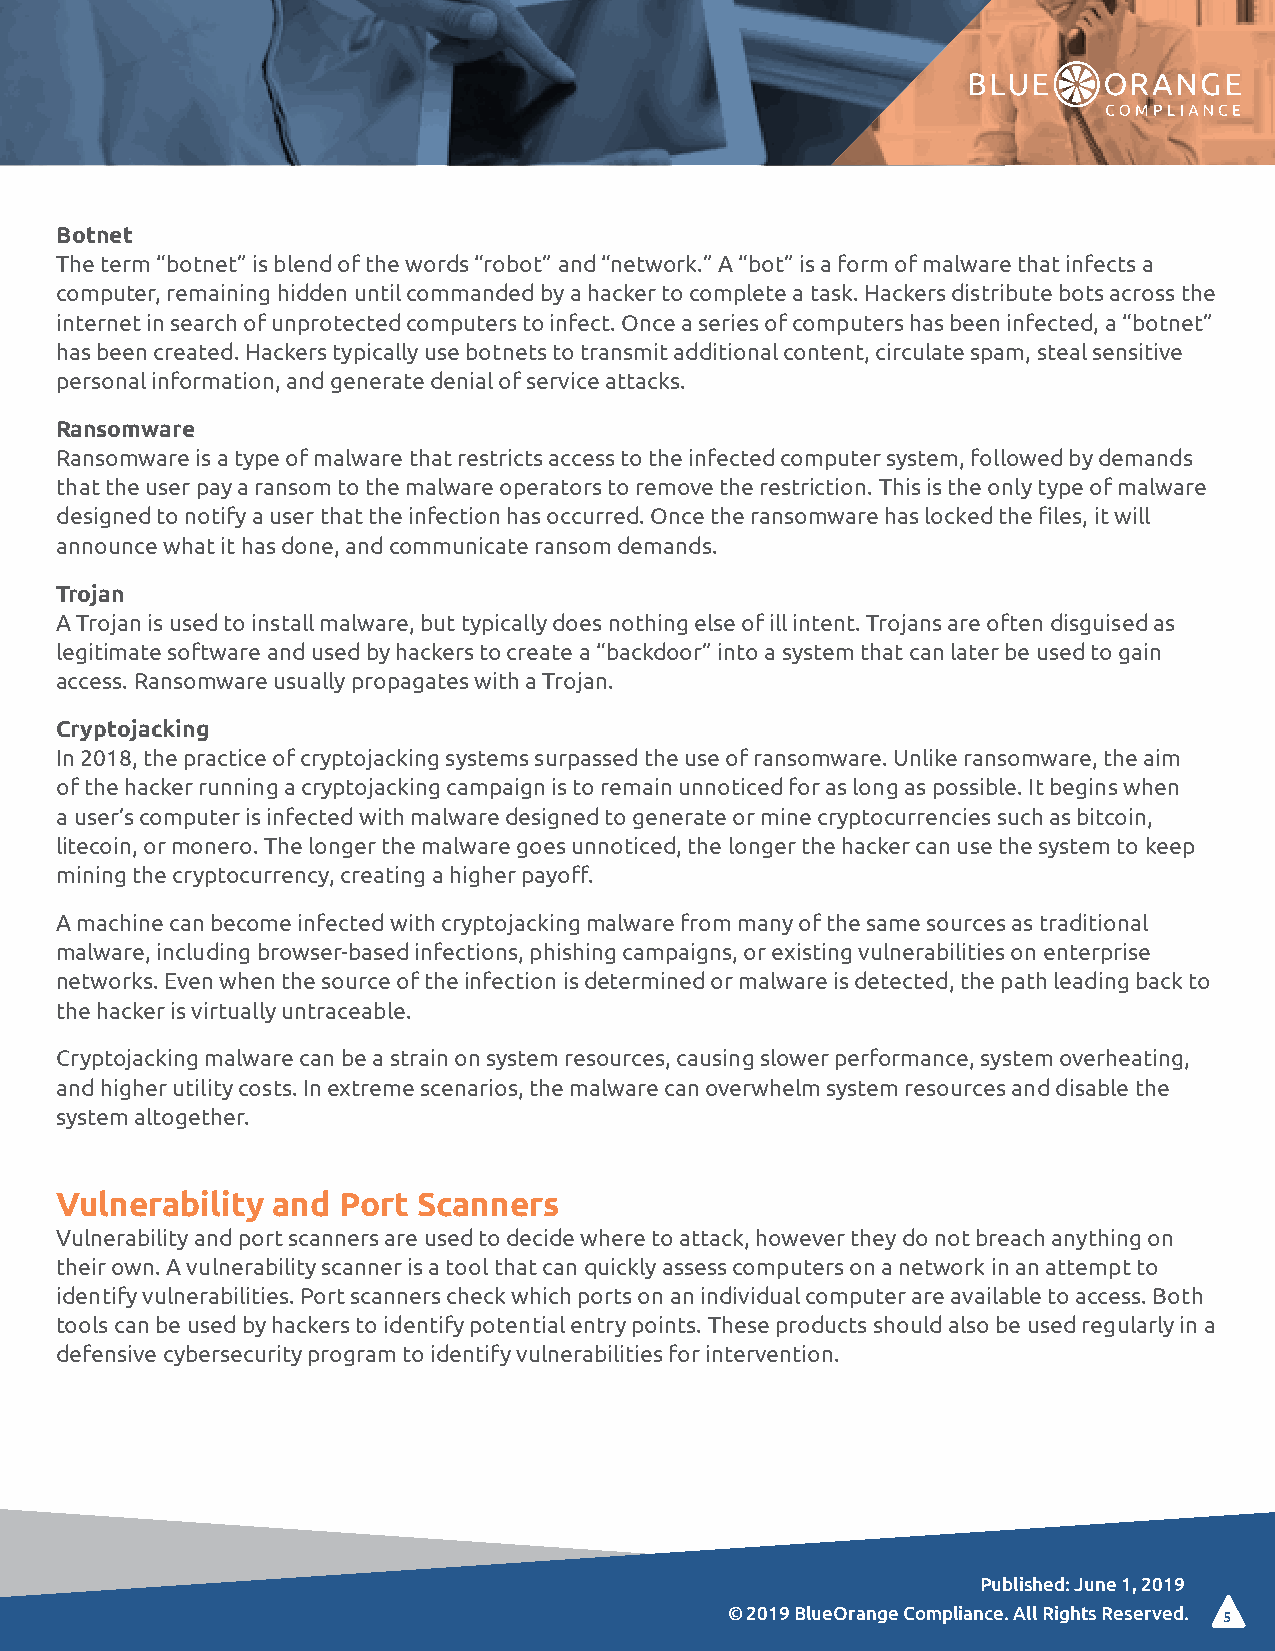
Botnet
 The term “botnet” is blend of the words “robot” and “network.” A “bot” is a form of malware that infects a
 computer, remaining hidden until commanded by a hacker to complete a task. Hackers distribute bots across the
 internet in search of unprotected computers to infect. Once a series of computers has been infected, a “botnet”
 has been created. Hackers typically use botnets to transmit additional content, circulate spam, steal sensitive
 personal information, and generate denial of service attacks.
 Ransomware
 Ransomware is a type of malware that restricts access to the infected computer system, followed by demands
 that the user pay a ransom to the malware operators to remove the restriction. This is the only type of malware
 designed to notify a user that the infection has occurred. Once the ransomware has locked the files, it will
 announce what it has done, and communicate ransom demands.
 Trojan
 A Trojan is used to install malware, but typically does nothing else of ill intent. Trojans are often disguised as
 legitimate software and used by hackers to create a “backdoor” into a system that can later be used to gain
 access. Ransomware usually propagates with a Trojan.
 Cryptojacking
 In 2018, the practice of cryptojacking systems surpassed the use of ransomware. Unlike ransomware, the aim
 of the hacker running a cryptojacking campaign is to remain unnoticed for as long as possible. It begins when
 a user’s computer is infected with malware designed to generate or mine cryptocurrencies such as bitcoin,
 litecoin, or monero. The longer the malware goes unnoticed, the longer the hacker can use the system to keep
 mining the cryptocurrency, creating a higher payoff.
 A machine can become infected with cryptojacking malware from many of the same sources as traditional
 malware, including browser-based infections, phishing campaigns, or existing vulnerabilities on enterprise
 networks. Even when the source of the infection is determined or malware is detected, the path leading back to
 the hacker is virtually untraceable.
 Cryptojacking malware can be a strain on system resources, causing slower performance, system overheating,
 and higher utility costs. In extreme scenarios, the malware can overwhelm system resources and disable the
 system altogether.
 Vulnerability and Port  Scanners
 Vulnerability and port scanners are used to decide where to attack, however they do not breach anything on
 their own. A vulnerability scanner is a tool that can quickly assess computers on a network in an attempt to
 identify vulnerabilities. Port scanners check which ports on an individual computer are available to access. Both
 tools can be used by hackers to identify potential entry points. These products should also be used regularly in a
 defensive cybersecurity program to identify vulnerabilities for intervention.
 Published: June 1, 2019
 © 2019 BlueOrange Compliance. All Rights Reserved. 5